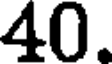
40.